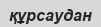
құрсаудан